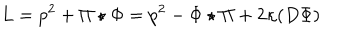
L = p ^ { 2 } + \Pi \star \Phi = p ^ { 2 } - \Phi \star \Pi + 2 \kappa ( D \Phi )